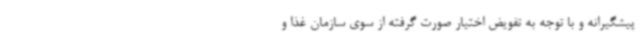
پیشگیرانه و با توجه به تفویض اختیار صورت گرفته از سوی سازمان غذا و